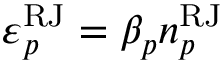
\varepsilon _ { p } ^ { \mathrm { R J } } = \beta _ { p } n _ { p } ^ { \mathrm { R J } }